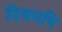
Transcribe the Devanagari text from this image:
दिवमपि